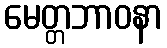
မေတ္တဘာဝနာ